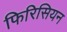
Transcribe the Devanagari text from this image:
फिरिसियन